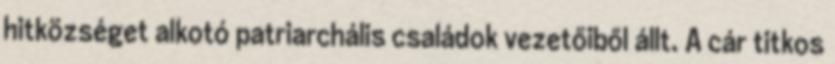
hitközséget alkotó patriarchális családok vezetőiből állt. A cár titkos